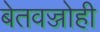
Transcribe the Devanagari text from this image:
बेतवज्जोही